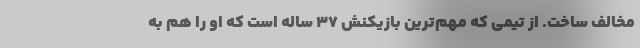
مخالف ساخت. از تیمی که مهم‌ترین بازیکنش 37 ساله است که او را هم به